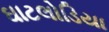
ઘાટલોડિયા